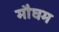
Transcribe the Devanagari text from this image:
मौघम